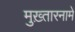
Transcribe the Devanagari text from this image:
मुख़्तारनामे